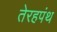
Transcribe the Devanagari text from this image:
तेरहपंथ